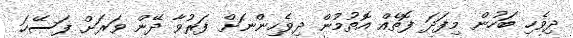
ދިވެހި ބަހުން މިފަދަ ފޮތެއް އޮތުމުން ދިވެހިންނަށް ފަރުވާ ދޭން ވަރަށް ފަސޭހަ